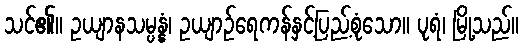
သင်၏။ ဥယျာနသမ္ပန္နံ၊ ဥယျာဉ်ရေကန်နှင့်ပြည့်စုံသော။ ပုရံ၊ မြို့သည်။